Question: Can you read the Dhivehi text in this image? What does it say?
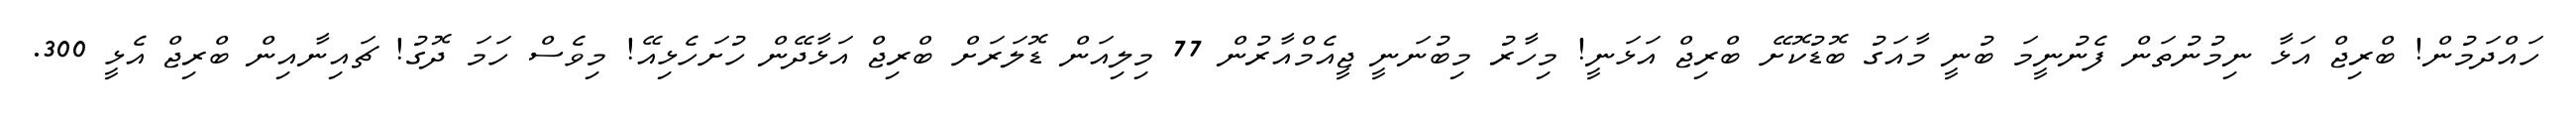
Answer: ހައްދަމުން! ބްރިޖް އަޅާ ނިމުނުތަން ފެނުނީމަ ބުނީ މާއަގު ބޮޑުކޮށޭ ބްރިޖް އަޅަނީ! މިހާރު މިބުނަނީ ޖީއެމްއާރުން 77 މިލިއަން ޑޮލަރަށް ބްރިޖް އަޅާދޭން ހުށަހެޅިއޭ! މިވެސް ހަމަ ދޮގު! ޗައިނާއިން ބްރިޖް އެޅީ 300.